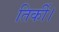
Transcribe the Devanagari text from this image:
तिर्की।